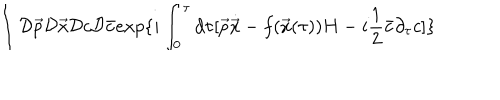
LaTeX: \int { \cal D } \vec { p } { \cal D } \vec { x } { \cal D } c { \cal D } \bar { c } e x p \{ i \int _ { 0 } ^ { \tau } d \tau [ \vec { p } \dot { \vec { x } } - f ( \vec { x } ( \tau ) ) H - i \frac { 1 } { 2 } \bar { c } \partial _ { \tau } c ] \}